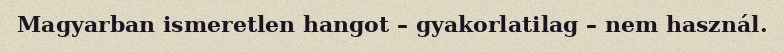
Magyarban ismeretlen hangot – gyakorlatilag – nem használ.